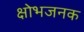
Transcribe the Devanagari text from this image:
क्षोभजनक